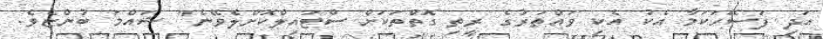
އަދި ފަސޭހަކަމާ އެކު އެކި ވައްތަރުގެ ރީތި ގޮތްތަކަށް ސްޓައިލްކޮށްލެވޭނެ" ޝައްމަ ބުންޏެވެ.